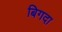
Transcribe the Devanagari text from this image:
बिगदा